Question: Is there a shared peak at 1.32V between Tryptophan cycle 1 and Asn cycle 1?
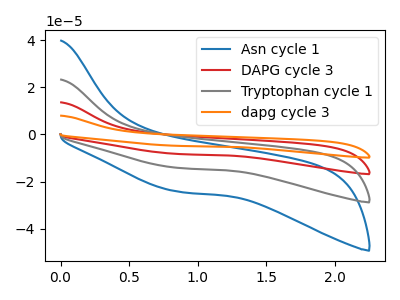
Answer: <think>The blue curve "Asn cycle 1" has no peaks. The red curve "DAPG cycle 3" has no peaks. The gray curve "Tryptophan cycle 1" has no peaks. The orange curve "dapg cycle 3" has no peaks.</think>
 <answer>No, "Tryptophan cycle 1" and "Asn cycle 1" dont share a peak at 1.32V.</answer>
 <eval>mismatch</eval>